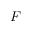
F